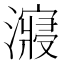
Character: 𰝠